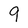
Character: 9